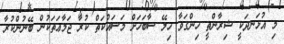
މި އުޅަނދަކީ ޝިރާންތީ ހިންގަވާ ހިލޭ ސާބަހަށް މަސައްކަތް ކުރާ ޖަމާޢަތަކުން ބޭނުންކުރާ